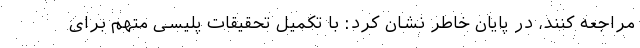
مراجعه کنند، در پایان خاطر نشان کرد: با تکمیل تحقیقات پلیسی متهم برای